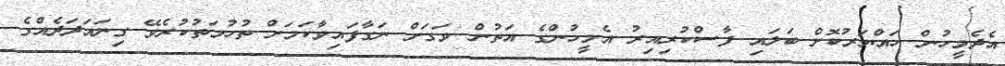
އެދެމީހުން ހައްޔަރުކޮށް ބަލައި ފާސްކުރިއިރު އެމީހުންގެ އަތުން ވަގަށް ނަގާފައިވާކަމަށް ތުހުމަތުކުރެވޭ ގިނައަދަދެއްގެ